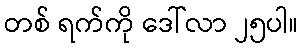
တစ် ရက်ကို ဒေါ်လာ ၂၅ပါ။